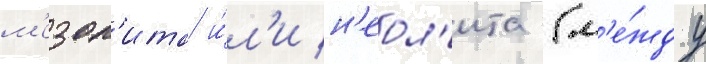
м'езол'ита и́л'и н'еол'ита (м'е́жду